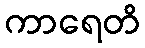
ကာရေတိ